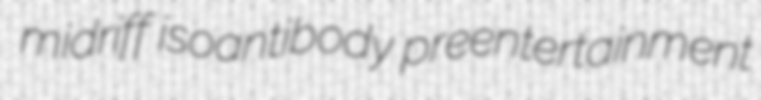
midriff isoantibody preentertainment